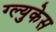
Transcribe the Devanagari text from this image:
ग्ल्युकेस